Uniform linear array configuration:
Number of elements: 32
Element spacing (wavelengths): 0.75
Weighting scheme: kaiser
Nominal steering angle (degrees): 30
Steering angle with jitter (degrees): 31.839
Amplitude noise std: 0.05
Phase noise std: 0.05

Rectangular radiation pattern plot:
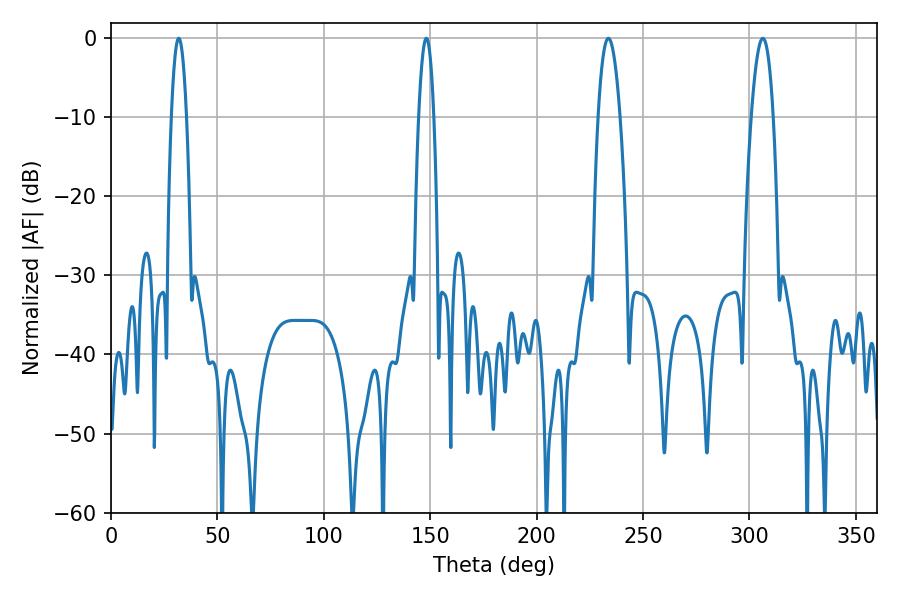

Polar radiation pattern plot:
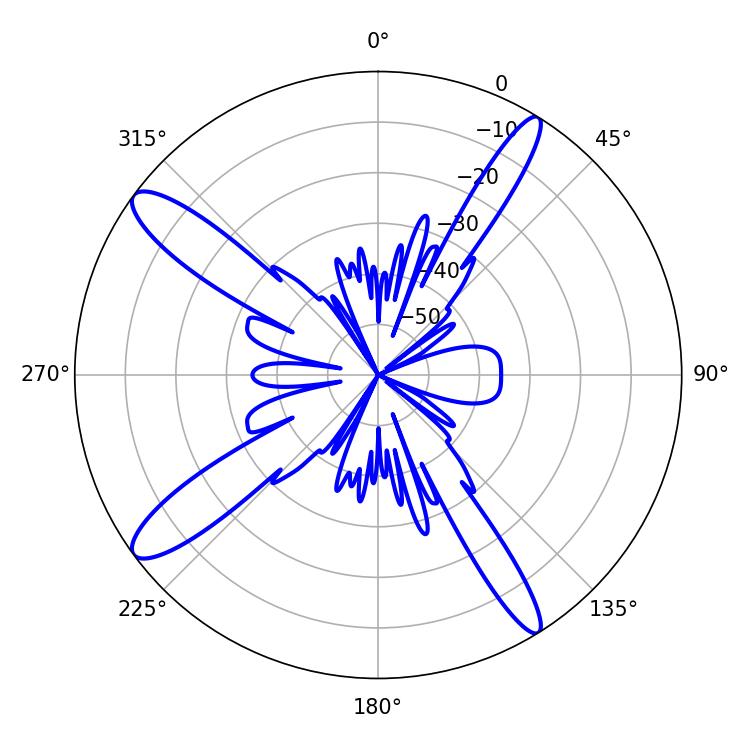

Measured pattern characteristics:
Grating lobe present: TRUE
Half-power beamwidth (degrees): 3.96
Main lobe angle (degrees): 31.86